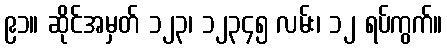
၉၁။ ဆိုင်အမှတ် ၁၂၃၊ ၁၂၃၄၅ လမ်း၊ ၁၂ ရပ်ကွက်။